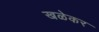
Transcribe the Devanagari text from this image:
खळेकर